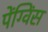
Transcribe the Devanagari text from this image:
पेंग्विंस